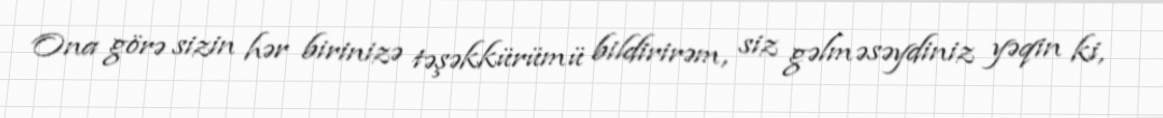
Ona görə sizin hər birinizə təşəkkürümü bildirirəm, siz gəlməsəydiniz yəqin ki,